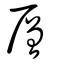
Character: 層